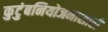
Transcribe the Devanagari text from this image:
कुटुंबनियोजनासाठी